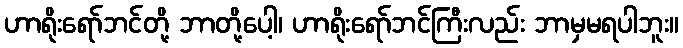
ဟာရိုးရော်ဘင်တို့ ဘာတို့ပေါ့၊ ဟာရိုးရော်ဘင်ကြီးလည်း ဘာမှမရပါဘူး။